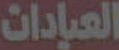
العيادات